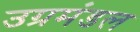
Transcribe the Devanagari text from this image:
उग्रमंडल